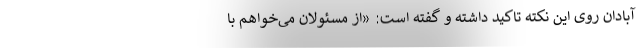
آبادان روی این نکته تاکید داشته و گفته است: «از مسئولان می‌خواهم با